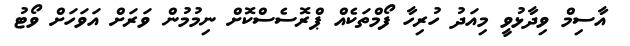
އާސިމް ވިދާޅުވީ މިއަދު ހުރިހާ ފޯމްތަކެއް ޕްރޮސެސްކޮށް ނިމުމުން ވަރަށް އަވަހަށް ވޯޓު